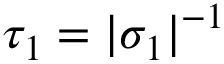
\tau _ { 1 } = | \sigma _ { 1 } | ^ { - 1 }